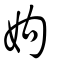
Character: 姁